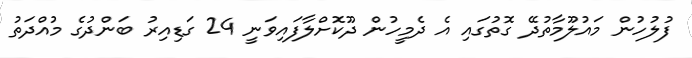
ފުލުހުން މައުލޫމާތުދޭ ގޮތުގައި އެ ދެމީހުން ދޫކޮށްލާފައިވަނީ 24 ގަޑިއިރު ބަންދުގެ މުއްދަތު